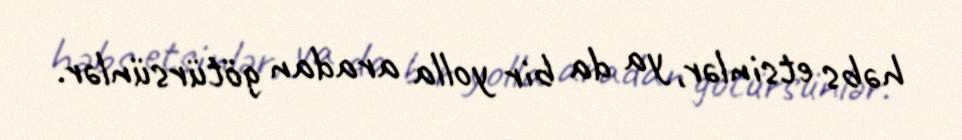
həbs etsinlər, ya da bir yolla aradan götürsünlər.